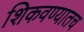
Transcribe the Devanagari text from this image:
शिकवण्यातच